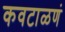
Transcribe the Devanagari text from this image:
कवटाळणं